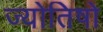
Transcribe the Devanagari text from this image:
ज्योतिषो